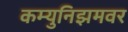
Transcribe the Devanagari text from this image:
कम्युनिझमवर